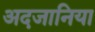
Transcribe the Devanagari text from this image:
अदजानिया